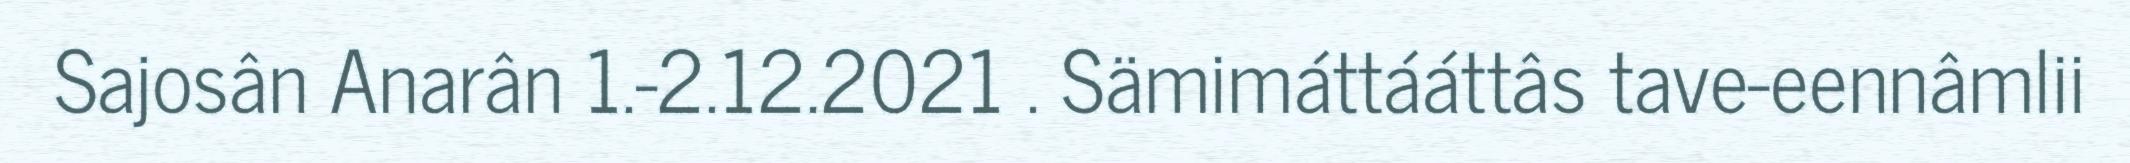
Sajosân Anarân 1.-2.12.2021 . Sämimáttááttâs tave-eennâmlii